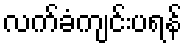
လက်ခံကျင်းပရန်